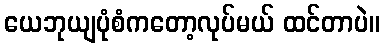
ယေဘုယျပုံစံကတော့လုပ်မယ် ထင်တာပဲ။